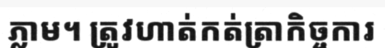
ភ្លាម។ ត្រូវហាត់កត់ត្រាកិច្ចការ